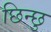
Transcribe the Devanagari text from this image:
छिन्छु